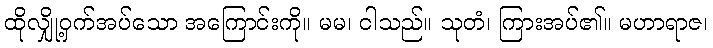
ထိုလျှို့ဝှက်အပ်သော အကြောင်းကို။ မမ၊ ငါသည်။ သုတံ၊ ကြားအပ်၏။ မဟာရာဇ၊